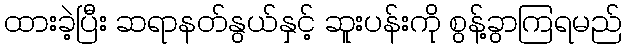
ထားခဲ့ပြီး ဆရာနတ်နွယ်နှင့် ဆူးပန်းကို စွန့်ခွာကြရမည်